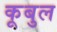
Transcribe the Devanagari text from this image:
कूबुल